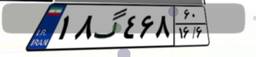
۱۸گ۴۶۸۶۰